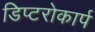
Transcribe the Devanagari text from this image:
डिप्टरोकार्प